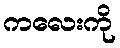
ကလေးကို